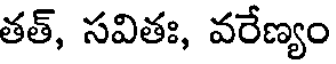
తత్, సవితః, వరేణ్యం